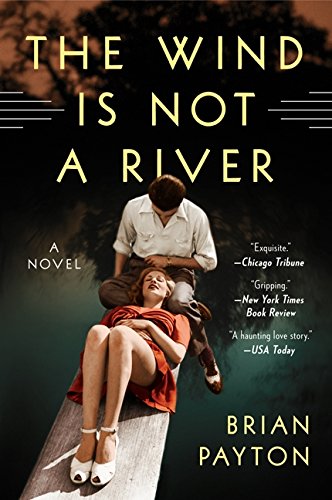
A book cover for The Wind Is Not a River: A Novel; Brian Payton; Literature & Fiction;